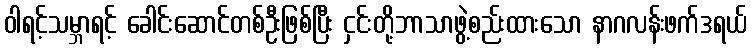
ဝါရင့်သမ္ဘာရင့် ခေါင်းဆောင်တစ်ဦးဖြစ်ပြီး ငှင်းတို့ဘာသာဖွဲ့စည်းထားသော နာဂလန်းဖက်ဒရယ်